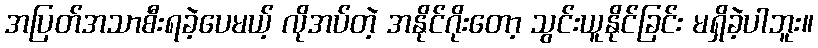
အပြတ်အသာစီးရခဲ့ပေမယ့် လိုအပ်တဲ့ အနိုင်ဂိုးတော့ သွင်းယူနိုင်ခြင်း မရှိခဲ့ပါဘူး။